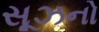
સૂઝનો